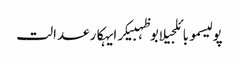
پولیسموبائلجیلابوظہبیکرایہکارعدالت